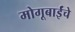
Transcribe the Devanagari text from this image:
मोगूबाईंचे